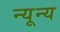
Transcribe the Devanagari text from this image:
न्यून्य